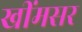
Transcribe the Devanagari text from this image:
खींमसर